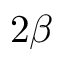
2 \beta